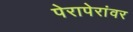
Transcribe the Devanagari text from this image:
पेरापेरांवर